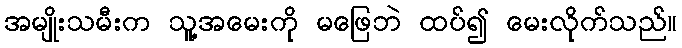
အမျိုးသမီးက သူ့အမေးကို မဖြေဘဲ ထပ်၍ မေးလိုက်သည်။